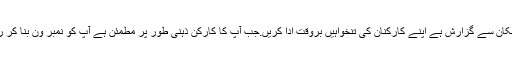
بحثیت صحافتی کارکن میری جیو جنگ گروپ اور کیپٹل ٹی وی سمیت جملہ اخبارات کے مالکان سے گزارش ہے اپنے کارکنان کی تنخواہیں بروقت ادا کریں.جب آپ کا کارکن ذہنی طور پر مطمئن ہے آپ کو نمبر ون بنا کر رکھتا ہے.یاد رکھیے جب کارکن ذہنی انتشار کاشکار ہے جس کا مالک مکان سرپہ کھڑا ہے۔